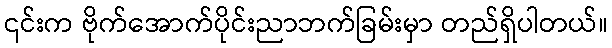
၎င်းက ဗိုက်အောက်ပိုင်းညာဘက်ခြမ်းမှာ တည်ရှိပါတယ်။